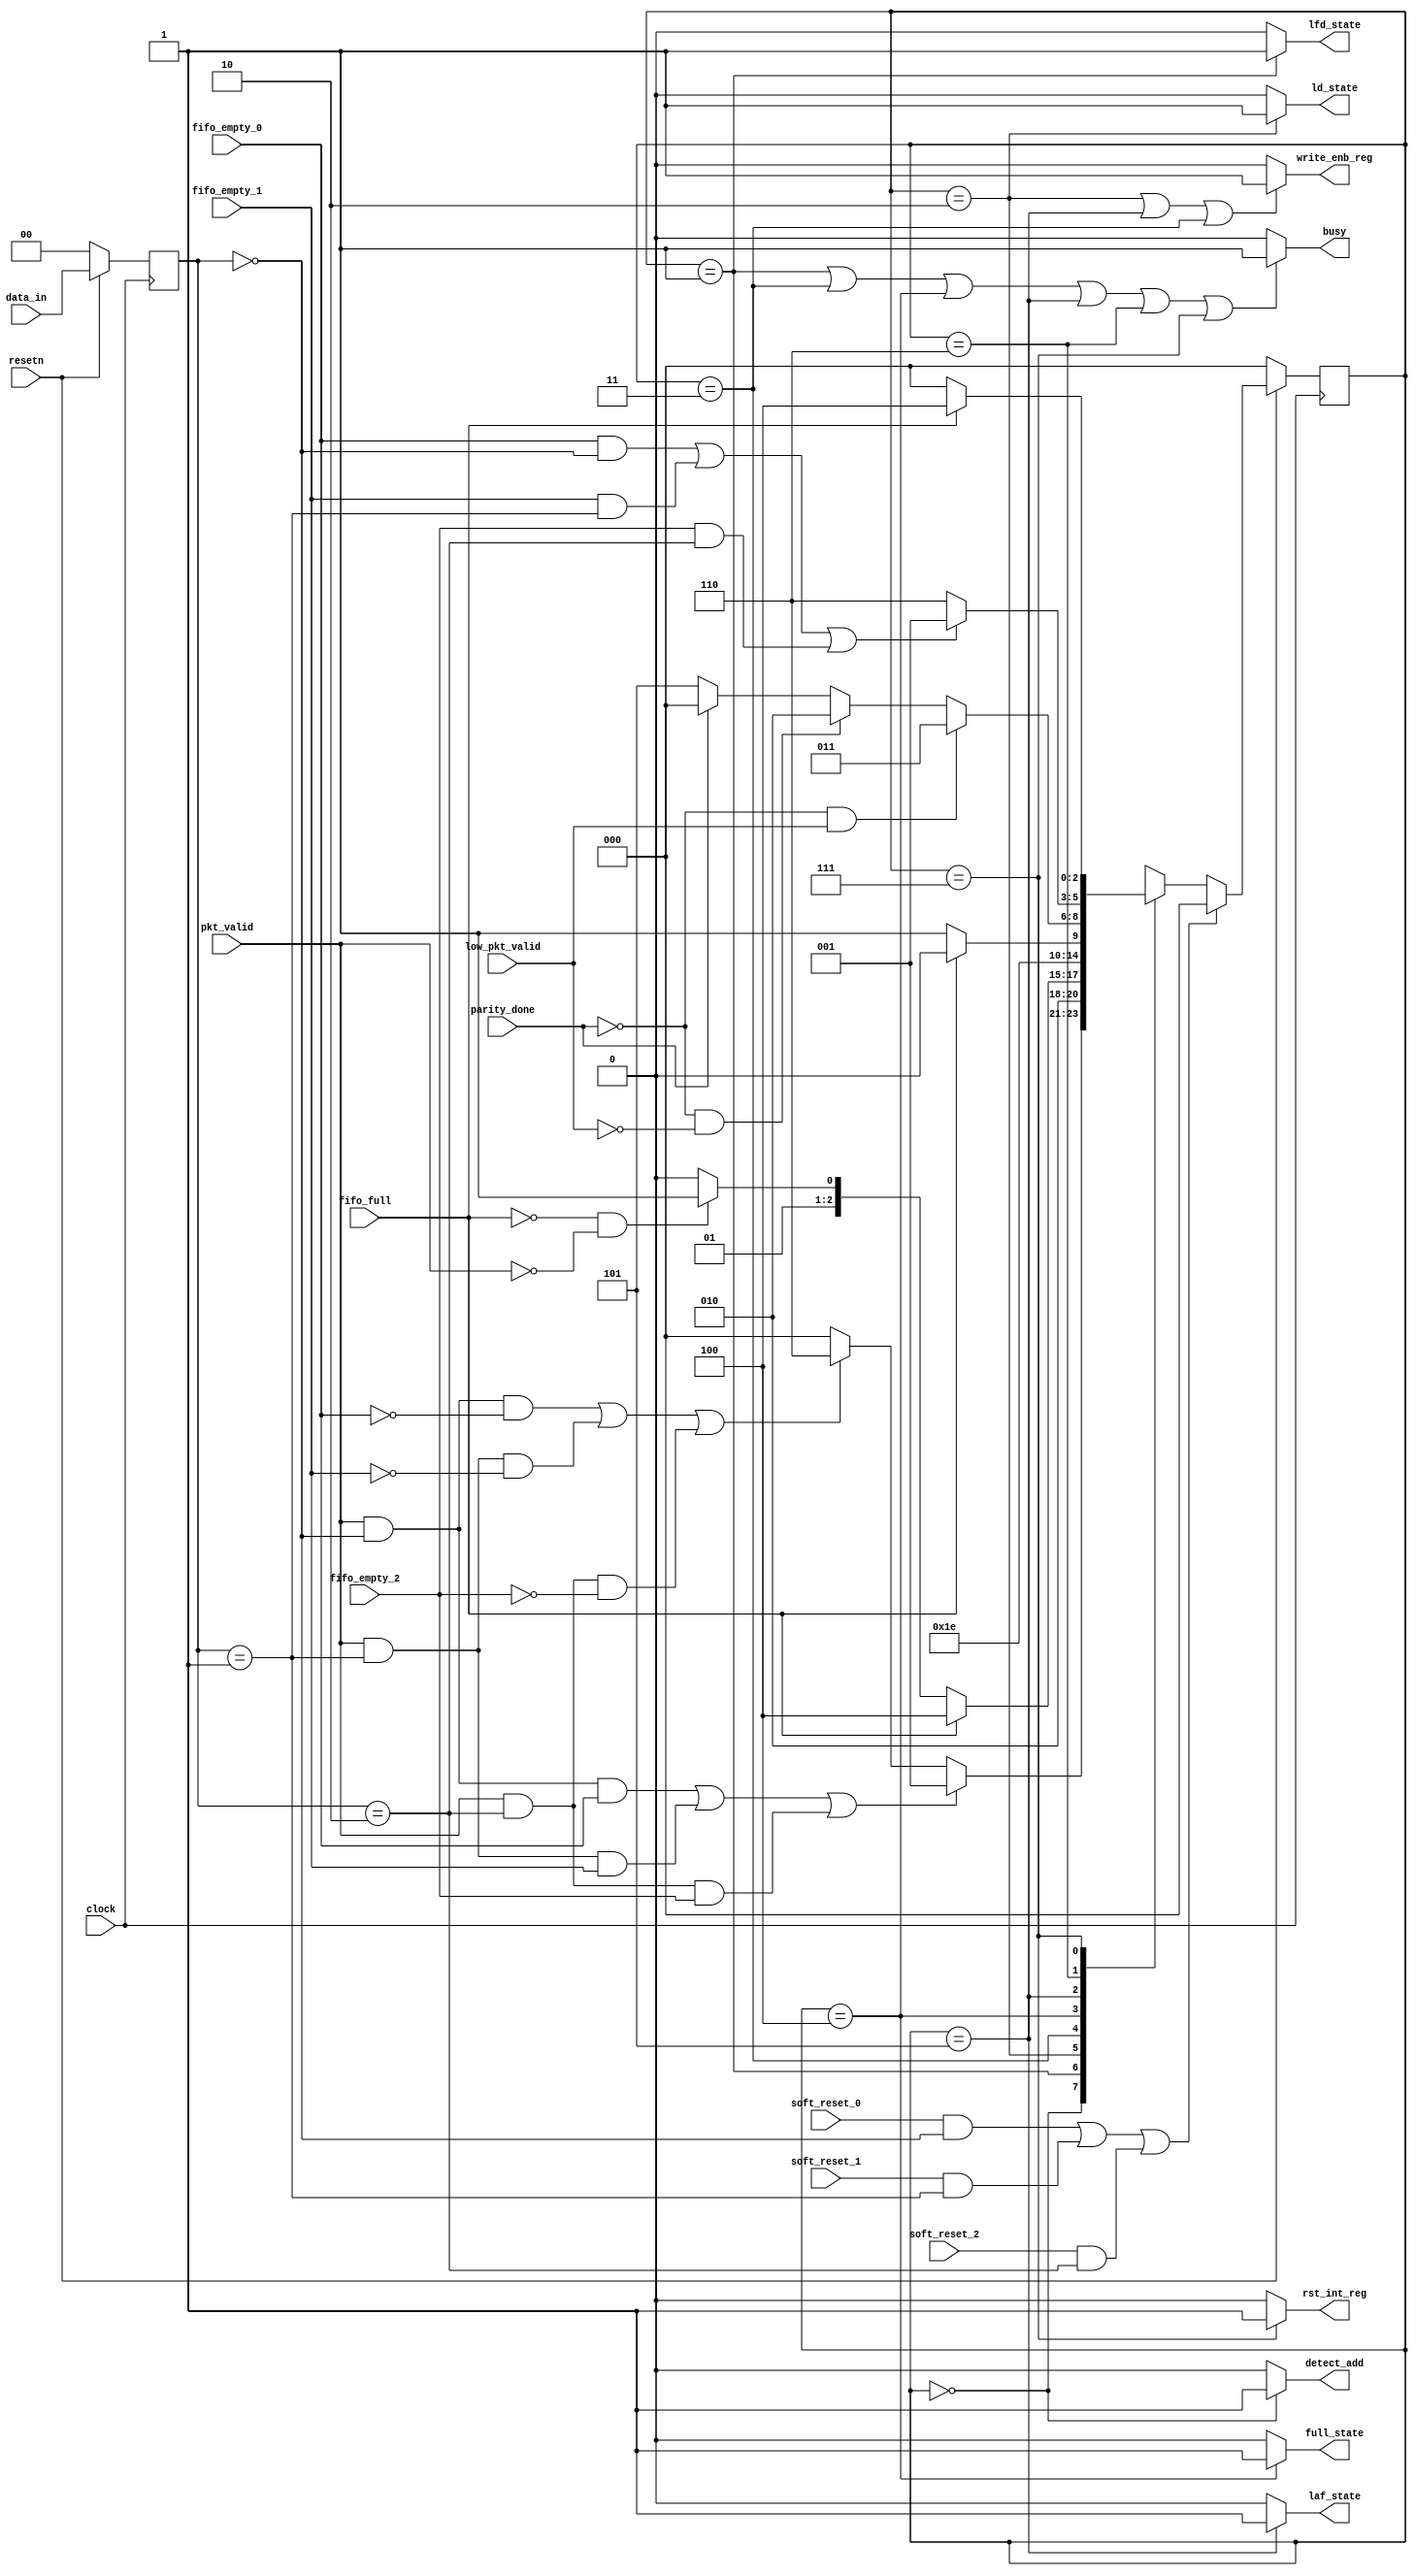
module router_fsm (clock, resetn, pkt_valid, data_in, fifo_full, fifo_empty_0,
		fifo_empty_1, fifo_empty_2, soft_reset_0, soft_reset_1, soft_reset_2,
		parity_done, low_pkt_valid, write_enb_reg, detect_add, ld_state, laf_state,
		lfd_state, full_state, rst_int_reg, busy);

//Input and Output declarations
	input clock,
		resetn,
		pkt_valid,
		fifo_full,
		fifo_empty_0,
		fifo_empty_1,
		fifo_empty_2,
		soft_reset_0,
		soft_reset_1,
		soft_reset_2,
		parity_done,
		low_pkt_valid;

	input [1:0] data_in;
	
	output write_enb_reg,
		detect_add,
		ld_state,
		laf_state,
		lfd_state,
		full_state,
		rst_int_reg,
		busy;

//parameter declarations for states in FSM
	parameter DECODE_ADDRESS = 3'b000,
		LOAD_FIRST_DATA = 3'b001,
		LOAD_DATA = 3'b010,
		LOAD_PARITY = 3'b011,
		FIFO_FULL_STATE = 3'b100,
		LOAD_AFTER_FULL = 3'b101,
		WAIT_TILL_EMPTY = 3'b110,
		CHECK_PARITY_ERROR = 3'b111;
	
	reg [1:0] temp;
	reg [2:0] present_state,next_state;
		
	always@(posedge clock)
		begin
			if(!resetn)
				temp <= 2'd0;
			else
				temp <= data_in;
		end

	always@(posedge clock)
		begin
			if(!resetn)
				present_state <= DECODE_ADDRESS;
			else if (((soft_reset_0) && (temp==2'b00)) || 
				((soft_reset_1) && (temp==2'b01)) || 
				((soft_reset_2) && (temp==2'b10)))
				present_state <= DECODE_ADDRESS;
			else 
				present_state <= next_state;
		end

	always@(*)
		begin
			case(present_state)
				DECODE_ADDRESS :
					begin
						if(((pkt_valid&(temp==0))&fifo_empty_0)|
						((pkt_valid&(temp==1))&fifo_empty_1)|
						((pkt_valid&(temp==2))&fifo_empty_2))
							next_state <= LOAD_FIRST_DATA;
						else if(((pkt_valid&(temp==0))&~fifo_empty_0)|
						((pkt_valid&(temp==1))&~fifo_empty_1)|
						((pkt_valid&(temp==2))&~fifo_empty_2))
							next_state <= WAIT_TILL_EMPTY;
						else 
							next_state <= DECODE_ADDRESS;
					end
				LOAD_FIRST_DATA :
					begin
						next_state <= LOAD_DATA;
					end
				LOAD_DATA :
					begin
						if(fifo_full)
							next_state <= FIFO_FULL_STATE;
						else if(!fifo_full && !pkt_valid)
							next_state <= LOAD_PARITY;
						else
							next_state <= LOAD_DATA;
					end
				LOAD_PARITY :
					begin
						next_state <= CHECK_PARITY_ERROR;
					end
				FIFO_FULL_STATE :
					begin
						if(fifo_full)
							next_state <= FIFO_FULL_STATE;
						else 
							next_state <= LOAD_AFTER_FULL;
					end
				LOAD_AFTER_FULL :
					begin
						if(!parity_done && low_pkt_valid)
							next_state<=LOAD_PARITY;
						else if(!parity_done && !low_pkt_valid)
							next_state<=LOAD_DATA;
						else 
							begin 
								if(parity_done==1'b1)
									next_state<=DECODE_ADDRESS;
								else
									next_state<=LOAD_AFTER_FULL;
							end
					end
				WAIT_TILL_EMPTY :
					begin
						if((fifo_empty_0 && (temp==0))||
						(fifo_empty_1 && (temp==1))||
						(fifo_empty_2 && (temp==2)))
							next_state <= LOAD_FIRST_DATA;
						else 
							next_state <= WAIT_TILL_EMPTY;
					end
				CHECK_PARITY_ERROR :
					begin
						if(fifo_full)
							next_state <= FIFO_FULL_STATE;
						else
							next_state <= DECODE_ADDRESS;
					end
			endcase
		end

	assign busy=((present_state==LOAD_FIRST_DATA)||(present_state==LOAD_PARITY)||
		(present_state==FIFO_FULL_STATE)||(present_state==LOAD_AFTER_FULL)||
		(present_state==WAIT_TILL_EMPTY)||(present_state==CHECK_PARITY_ERROR))?1:0;
	assign detect_add=((present_state==DECODE_ADDRESS))?1:0;
	assign lfd_state=((present_state==LOAD_FIRST_DATA))?1:0;
	assign ld_state=((present_state==LOAD_DATA))?1:0;
	assign write_enb_reg=((present_state==LOAD_DATA)||(present_state==LOAD_AFTER_FULL)||
		(present_state==LOAD_PARITY))?1:0;
	assign full_state=((present_state==FIFO_FULL_STATE))?1:0;
	assign laf_state=((present_state==LOAD_AFTER_FULL))?1:0;
	assign rst_int_reg=((present_state==CHECK_PARITY_ERROR))?1:0;

endmodule